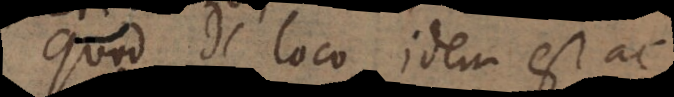
Quod de loco idem est ac